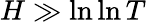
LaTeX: H\gg\ln\ln T